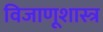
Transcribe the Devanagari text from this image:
विजाणूशास्त्र